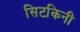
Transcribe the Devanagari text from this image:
सिटकिनी